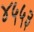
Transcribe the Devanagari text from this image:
४५५३